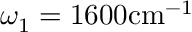
\omega _ { 1 } = 1 6 0 0 \mathrm { c m } ^ { - 1 }